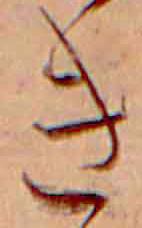
き